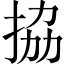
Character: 拹